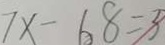
7 x - 6 8 = 3